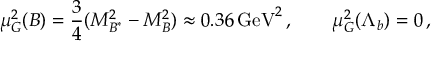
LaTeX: \mu _ { G } ^ { 2 } ( B ) = \frac 3 4 ( M _ { B ^ { * } } ^ { 2 } - M _ { B } ^ { 2 } ) \approx 0 . 3 6 \, \mathrm { G e V } ^ { 2 } \, , \qquad \mu _ { G } ^ { 2 } ( \Lambda _ { b } ) = 0 \, ,